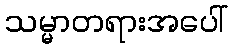
သမ္မာတရားအပေါ်